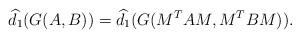
LaTeX: \begin{align*}\widehat{d_1} (G(A,B)) = \widehat{d_1} (G(M^T AM, M^T BM)). \end{align*}